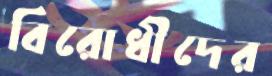
বিরোধীদের